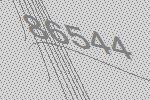
86544